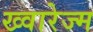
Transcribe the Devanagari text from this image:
ख्वारेज्म